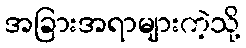
အခြားအရာများကဲ့သို့